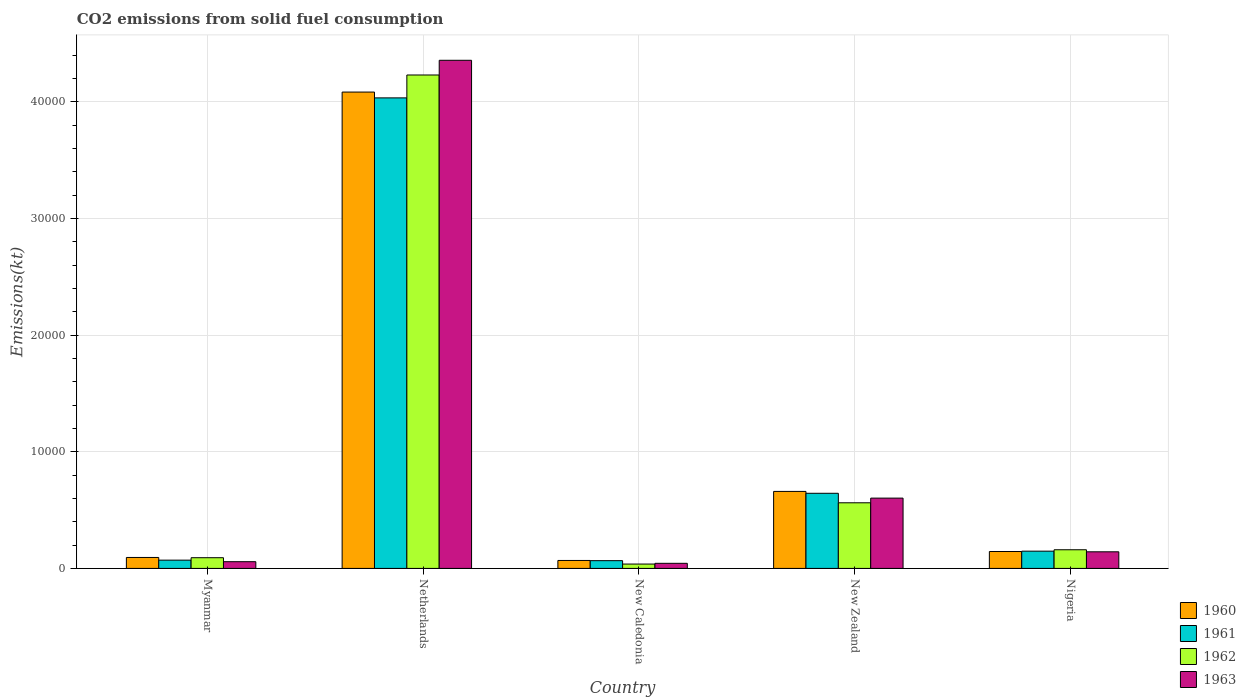
| Country | 1960 | 1961 | 1962 | 1963 |
 | --- | --- | --- | --- | --- |
 | Myanmar | 939 | 708 | 917 | 576 |
 | Netherlands | 4.08e+04 | 4.03e+04 | 4.23e+04 | 4.36e+04 |
 | New Caledonia | 682 | 664 | 374 | 436 |
 | New Zealand | 6.6e+03 | 6.44e+03 | 5.63e+03 | 6.02e+03 |
 | Nigeria | 1.45e+03 | 1.48e+03 | 1.6e+03 | 1.42e+03 |